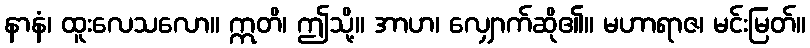
နာနံ၊ ထူးလေသလော။ ဣတိ၊ ဤသို့။ အာဟ၊ လျှောက်ဆို၏။ မဟာရာဇ၊ မင်းမြတ်။